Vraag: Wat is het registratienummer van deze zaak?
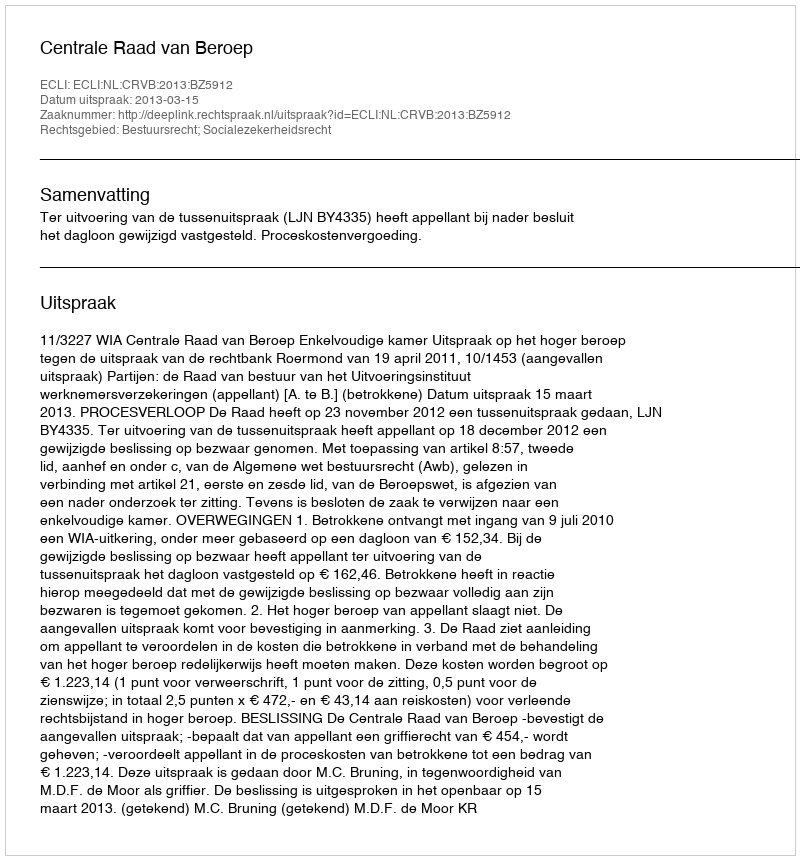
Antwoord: http://deeplink.rechtspraak.nl/uitspraak?id=ECLI:NL:CRVB:2013:BZ5912